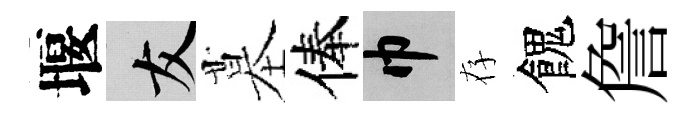
堰友墓俸巾存餽詹